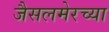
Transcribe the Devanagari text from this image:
जैसलमेरच्या